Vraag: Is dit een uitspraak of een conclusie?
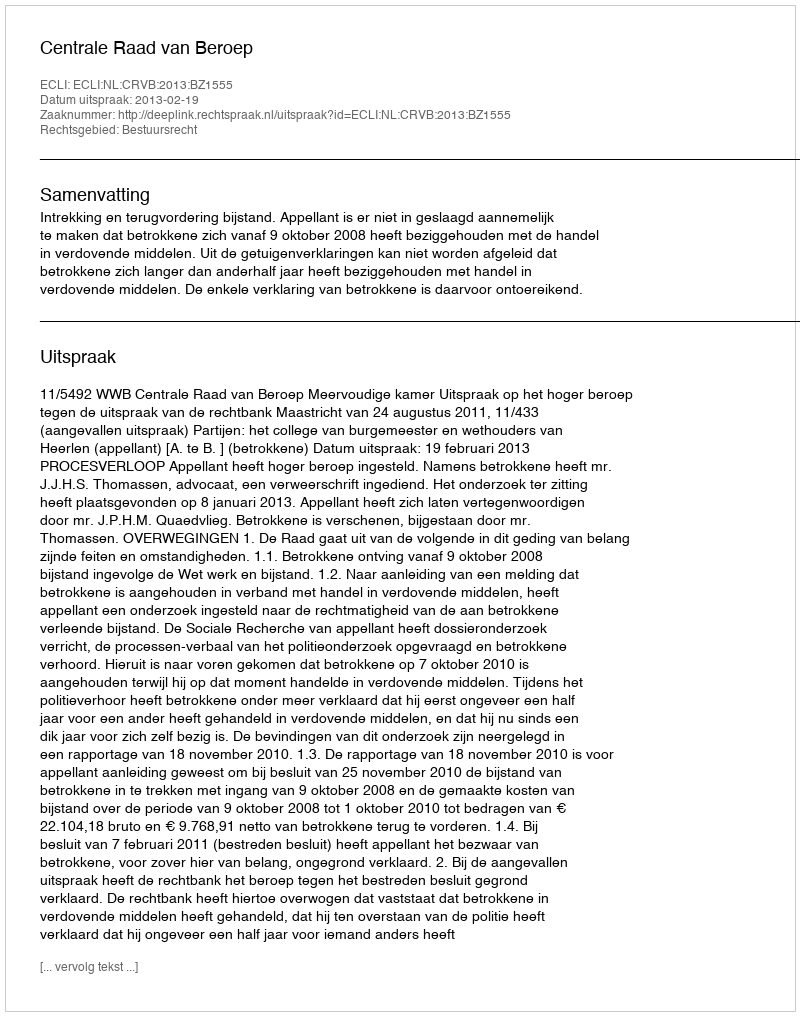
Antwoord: Uitspraak